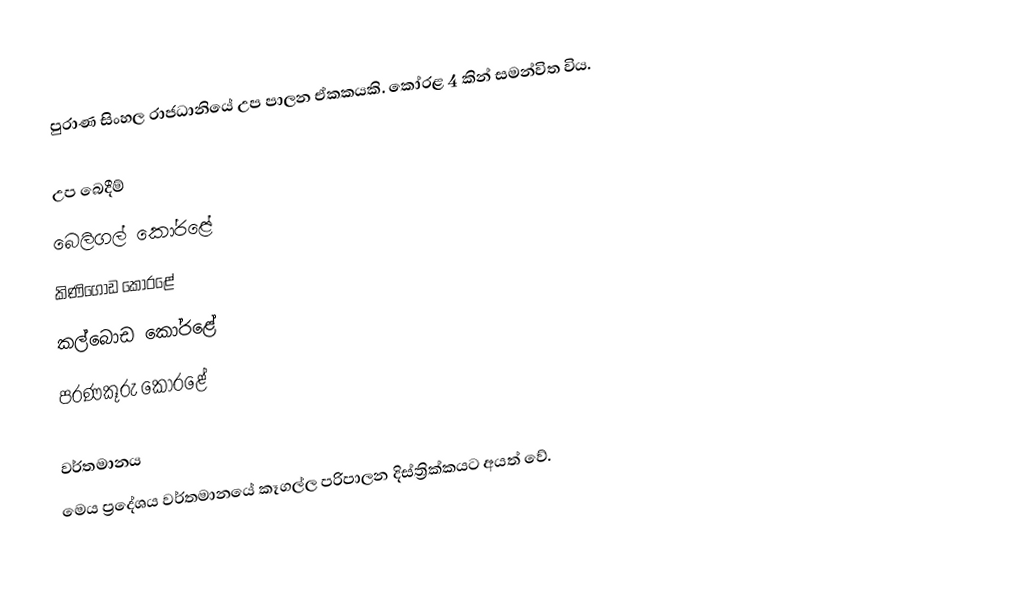
පුරාණ සිංහල රාජධානියේ උප පාලන ඒකකයකි. කෝරළ 4 කින් සමන්විත විය.

උප බෙදීම්
 බෙලිගල් කෝරළේ
 කිණිගොඩ කෝරළේ
 කල්බොඩ කෝරළේ
 පරණකූරු කෝරළේ

වර්තමානය
මෙය ප්‍රදේශය වර්තමානයේ  කෑගල්ල පරිපාලන දිස්ත්‍රික්කයට අයත් වේ.